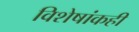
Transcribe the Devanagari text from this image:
विशेषांकही